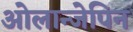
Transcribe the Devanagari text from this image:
ओलान्जेपिन